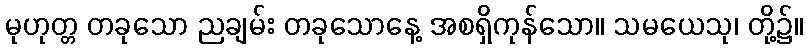
မုဟုတ္တ တခုသော ညချမ်း တခုသောနေ့ အစရှိကုန်သော။ သမယေသု၊ တို့၌။